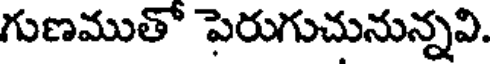
గుణముతో పెరుగుచునున్నవి.